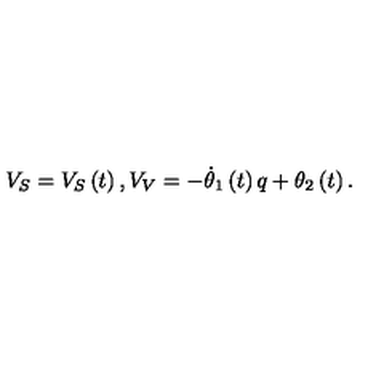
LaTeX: V _ { S } = V _ { S } \left( t \right) , V _ { V } = - \dot { \theta } _ { 1 } \left( t \right) q + \theta _ { 2 } \left( t \right) .